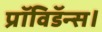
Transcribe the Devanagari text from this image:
प्रॉविडॅन्स।